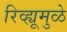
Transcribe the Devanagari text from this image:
रिव्ह्यूमुळे